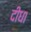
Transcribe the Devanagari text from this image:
दीधा